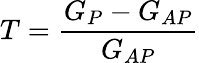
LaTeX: T=\frac{G_{P}-G_{AP}}{G_{AP}}